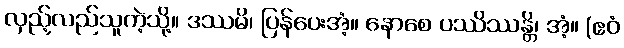
လှည့်လည်သူကဲ့သို့။ ဒဿမိ၊ ပြန်ပေးအံ့။ နောစေ ပဿိဿန္တိ၊ အံ့။ (ဧဝံ